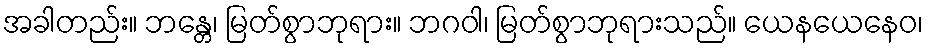
အခါတည်း။ ဘန္တေ၊ မြတ်စွာဘုရား။ ဘဂဝါ၊ မြတ်စွာဘုရားသည်။ ယေနယေနေဝ၊